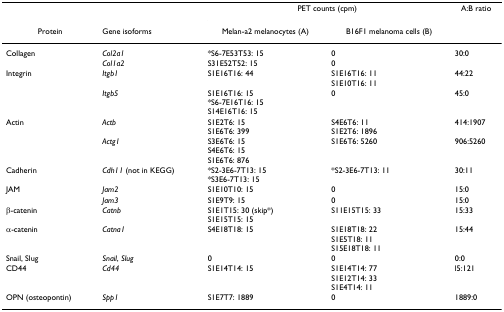
<table><thead><tr><td></td><td></td><td colspan="2"><b>PET counts (cpm)</b></td><td><b>A:B ratio</b></td></tr><tr><td><b>Protein</b></td><td><b>Gene isoforms</b></td><td><b>Melan-a2 melanocytes (A)</b></td><td><b>B16F1 melanoma cells (B)</b></td><td></td></tr></thead><tbody><tr><td>Collagen</td><td><i>Col2a1</i></td><td>*S6-7E53T53: 15</td><td>0</td><td>30:0</td></tr><tr><td></td><td><i>Col1a2</i></td><td>S31E52T52: 15</td><td>0</td><td></td></tr><tr><td>Integrin</td><td><i>Itgb1</i></td><td>S1E16T16: 44</td><td>S1E16T16: 11S1E10T16: 11</td><td>44:22</td></tr><tr><td></td><td><i>Itgb5</i></td><td>S1E16T16: 15*S6-7E16T16: 15S14E16T16: 15</td><td>0</td><td>45:0</td></tr><tr><td>Actin</td><td><i>Actb</i></td><td>S1E2T6: 15S1E6T6: 399</td><td>S4E6T6: 11S1E2T6: 1896</td><td>414:1907</td></tr><tr><td></td><td><i>Actg1</i></td><td>S3E6T6: 15S4E6T6: 15S1E6T6: 876</td><td>S1E6T6: 5260</td><td>906:5260</td></tr><tr><td>Cadherin</td><td><i>Cdh11 </i>(not in KEGG)</td><td>*S2-3E6-7T13: 15*S3E6-7T13: 15</td><td>*S2-3E6-7T13: 11</td><td>30:11</td></tr><tr><td>JAM</td><td><i>Jam2</i></td><td>S1E10T10: 15</td><td>0</td><td>15:0</td></tr><tr><td></td><td><i>Jam3</i></td><td>S1E9T9: 15</td><td>0</td><td>15:0</td></tr><tr><td>β-catenin</td><td><i>Catnb</i></td><td>S1E1T15: 30 (skip*)S1E15T15: 15</td><td>S11E15T15: 33</td><td>15:33</td></tr><tr><td>α-catenin</td><td><i>Catna1</i></td><td>S4E18T18: 15</td><td>S1E18T18: 22S1E5T18: 11S15E18T18: 11</td><td>15:44</td></tr><tr><td>Snail, Slug</td><td><i>Snail</i>, <i>Slug</i></td><td>0</td><td>0</td><td>0:0</td></tr><tr><td>CD44</td><td><i>Cd44</i></td><td>S1E14T14: 15</td><td>S1E14T14: 77S1E12T14: 33S1E4T14: 11</td><td>l5:121</td></tr><tr><td>OPN (osteopontin)</td><td><i>Spp1</i></td><td>S1E7T7: 1889</td><td>0</td><td>1889:0</td></tr></tbody></table>